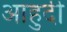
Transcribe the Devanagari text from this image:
आहुदी